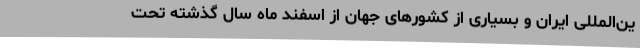
ین‌المللی ایران و بسیاری از کشورهای جهان از اسفند ماه سال گذشته تحت